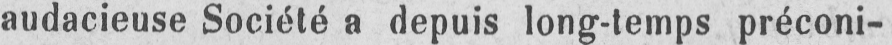
audacieuse Société a depuis long-temps préconi-